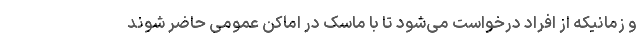
و زمانیکه از افراد درخواست می‌شود تا با ماسک در اماکن عمومی حاضر شوند